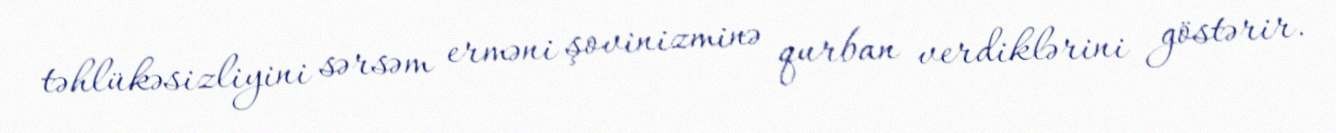
təhlükəsizliyini sərsəm erməni şovinizminə qurban verdiklərini göstərir.